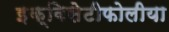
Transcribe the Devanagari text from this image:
इक्विसेटीफोलीया